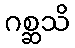
ဂစ္ဆသိ